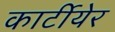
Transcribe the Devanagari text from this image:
कार्टीयेर